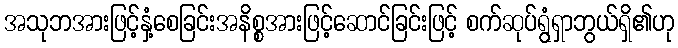
အသုဘအားဖြင့်နှံ့စေခြင်းအနိစ္စအားဖြင့်ဆောင်ခြင်းဖြင့် စက်ဆုပ်ရွံရှာဘွယ်ရှိ၏ဟု